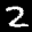
Label: 2